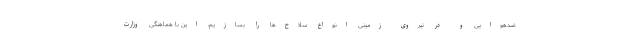
ضدهوایی و در نیروی زمینی انواع سلاح‌ها را بسازیم، این با هماهنگی وزارت